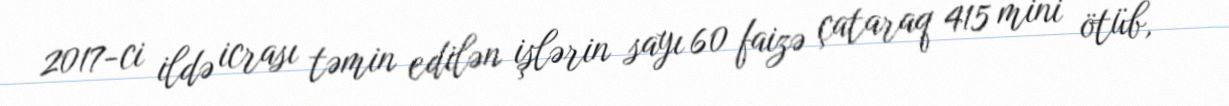
2017-ci ildə icrası təmin edilən işlərin sayı 60 faizə çataraq 415 mini ötüb,